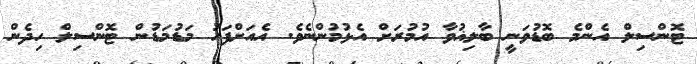
ޓޮންސިލް އެންމެ ބޮޑުވަނީ ބާލިޣުވާ އުމުރަށް އެޅުމުންނެވެ. އެއަށްފަހު މަޑުމަޑުން ޓޮންސިލް ހިދެން